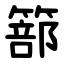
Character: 篰